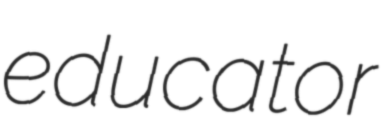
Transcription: educator